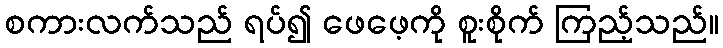
စကားလက်သည် ရပ်၍ ဖေဖေ့ကို စူးစိုက် ကြည့်သည်။